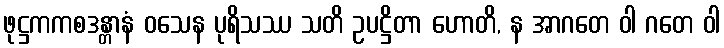
ဖုဋ္ဌကကစဒန္တာနံ ဝသေန ပုရိသဿ သတိ ဥပဋ္ဌိတာ ဟောတိ, န အာဂတေ ဝါ ဂတေ ဝါ